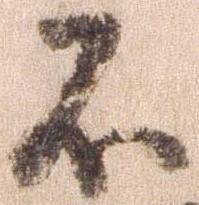
不